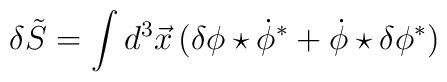
\delta\tilde S=\int d^3\vec x\,\bigl(\delta\phi\star\dot\phi^\ast+\dot\phi\star\delta\phi^\ast\bigr)